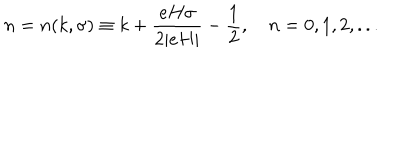
n = n ( k , \sigma ) \equiv k + \frac { e H \sigma } { 2 | e H | } - \frac { 1 } { 2 } , ~ n = 0 , 1 , 2 , . . .